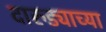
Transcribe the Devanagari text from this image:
दारुड्याच्या